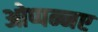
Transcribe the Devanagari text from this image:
ओप्पन्नए